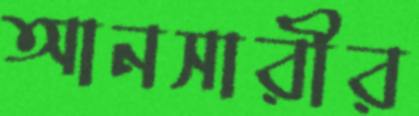
আনসারীর